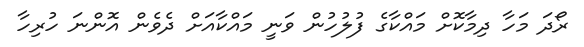
ރޯދަ މަހާ ދިމާކޮށް މައްކާގެ ފުލުހުން ވަނީ މައްކާއަށް ދެވެން އޮންނަ ހުރިހާ